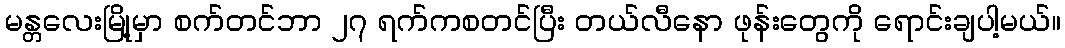
မန္တလေးမြို့မှာ စက်တင်ဘာ ၂၇ ရက်ကစတင်ပြီး တယ်လီနော ဖုန်းတွေကို ရောင်းချပါ့မယ်။